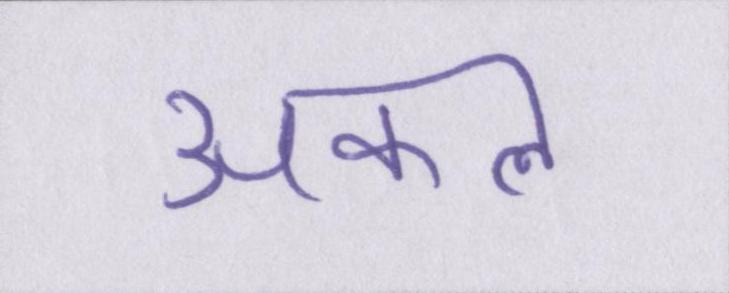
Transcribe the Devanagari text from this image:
अकल